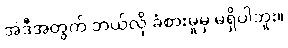
အဲဒီအတွက် ဘယ်လို ခံစားမှုမှ မရှိပါဘူး။